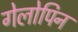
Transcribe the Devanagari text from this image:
गेलोपिन